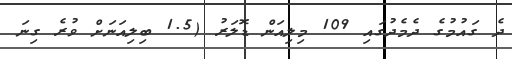
ދެ ގައުމުގެ ދެމެދުގައި 109 މިލިއަން ޑޮލަރު (1.5 ބިލިއަނަށް ވުރެ ގިނަ